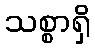
သစ္စာရှိ